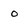
Character: o